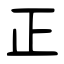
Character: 正